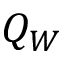
Q _ { W }